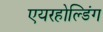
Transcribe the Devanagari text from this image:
एयरहोल्डिंग